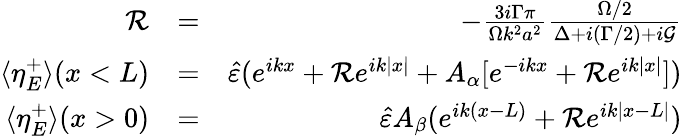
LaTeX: \begin{array}{rlr}{{\cal R}}&{=}&{-\frac{3i\Gamma\pi}{\Omega k^{2}a^{2}}\frac{\Omega/2}{\Delta+i(\Gamma/2)+i{\cal G}}}\\ {\langle\eta_{E}^{+}\rangle(x<L)}&{=}&{\hat{\varepsilon}(e^{ikx}+{\cal R}e^{ik|x|}+A_{\alpha}[e^{-ikx}+{\cal R}e^{ik|x|}])}\\ {\langle\eta_{E}^{+}\rangle(x>0)}&{=}&{\hat{\varepsilon}A_{\beta}(e^{ik(x-L)}+{\cal R}e^{ik|x-L|})}\end{array}